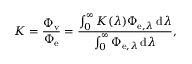
K = { \frac { \Phi _ { \mathrm { v } } } { \Phi _ { \mathrm { e } } } } = { \frac { \int _ { 0 } ^ { \infty } K ( \lambda ) \Phi _ { \mathrm { e } , \lambda } \, \mathrm { d } \lambda } { \int _ { 0 } ^ { \infty } \Phi _ { \mathrm { e } , \lambda } \, \mathrm { d } \lambda } } ,